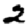
Digit: 2